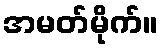
အမတ်မိုက်။